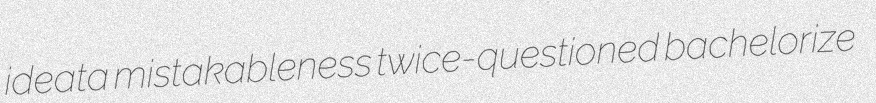
ideata mistakableness twice-questioned bachelorize